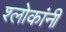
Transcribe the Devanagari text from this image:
श्लोकांनी